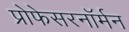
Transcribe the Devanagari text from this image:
प्रोफेसरनॉर्मन